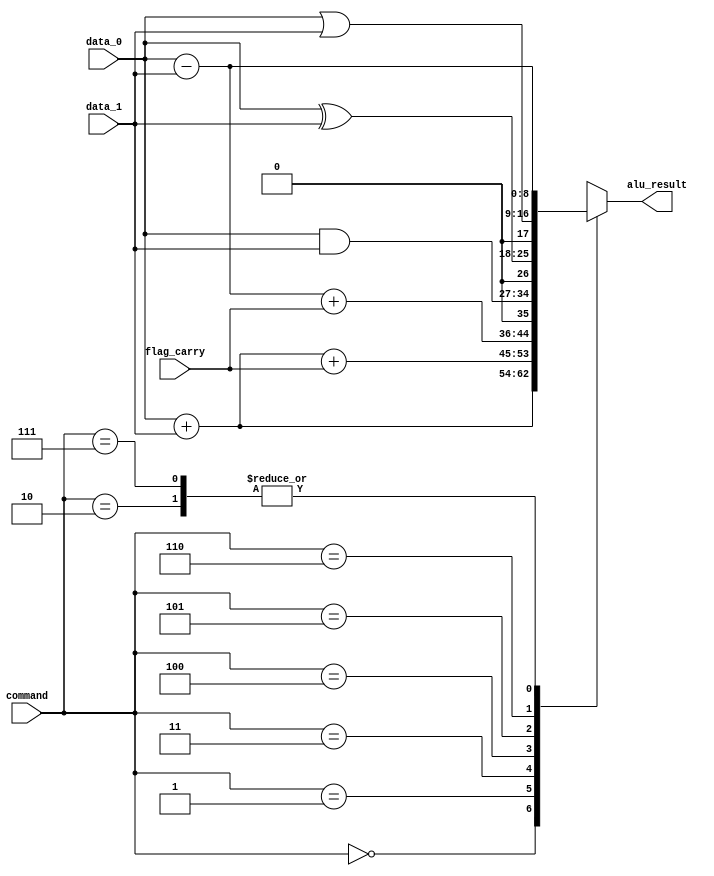
// Intel 8008 FPGA Soft Processor
//     Web: https://www.mikekohn.net/
//   Board: iceFUN iCE40 HX8K
// License: MIT
//
// Copyright 2022 by Michael Kohn

module alu
(
  input [7:0] data_0,
  input [7:0] data_1,
  input flag_carry,
  input [2:0] command,
  output [8:0] alu_result
);

reg [8:0] result;
assign alu_result = result;

parameter OP_ADD = 3'b000;
parameter OP_ADC = 3'b001;
parameter OP_SUB = 3'b010;
parameter OP_SBB = 3'b011;
parameter OP_ANA = 3'b100;
parameter OP_XRA = 3'b101;
parameter OP_ORA = 3'b110;
parameter OP_CMP = 3'b111;

always @(command, data_0, data_1, flag_carry) begin
  case (command)
     OP_ADD: result = data_0 + data_1;
     OP_ADC: result = data_0 + data_1 + flag_carry;
     OP_SUB: result = data_0 - data_1;
     OP_SBB: result = data_0 - data_1 + flag_carry;
     OP_ANA: result = data_0 & data_1;
     OP_XRA: result = data_0 ^ data_1;
     OP_ORA: result = data_0 | data_1;
     OP_CMP: result = data_0 - data_1;
  endcase
end

endmodule